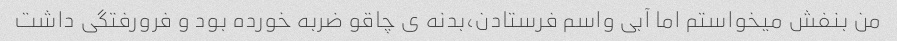
من بنفش میخواستم اما آبی واسم فرستادن،بدنه ی چاقو ضربه خورده بود و فرورفتگی داشت